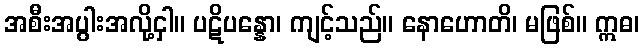
အစီးအပွါးအလို့ငှါ။ ပဋိပန္နော၊ ကျင့်သည်။ နောဟောတိ၊ မဖြစ်။ ဣဓ၊